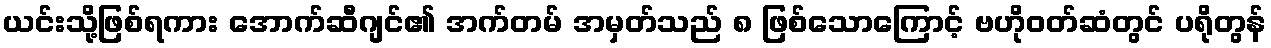
ယင်းသို့ဖြစ်ရကား အောက်ဆီဂျင်၏ အက်တမ် အမှတ်သည် ၈ ဖြစ်သောကြောင့် ဗဟိုဝတ်ဆံတွင် ပရိုတွန်